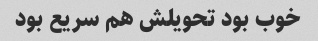
خوب بود تحویلش هم سریع بود